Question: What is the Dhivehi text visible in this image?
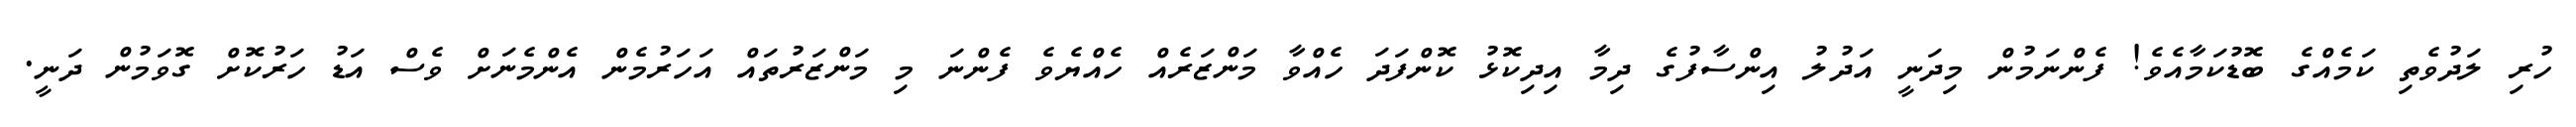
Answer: ހުރި ލަދުވެތި ކަމެއްގެ ބޮޑުކަމާއެވެ! ފެންނަމުން މިދަނީ އަދުލު އިންސާފުގެ ދިމާ އިދިކޮޅު ކޮންފަދަ ހެއްވާ މަންޒަރެއް ހެއްޔެވެ ފެންނަ މި މަންޒަރުތައް އަހަރުމެން އެންމެނަށް ވެސް އަޑު ހަރުކޮށް ގޮވަމުން ދަނީ.